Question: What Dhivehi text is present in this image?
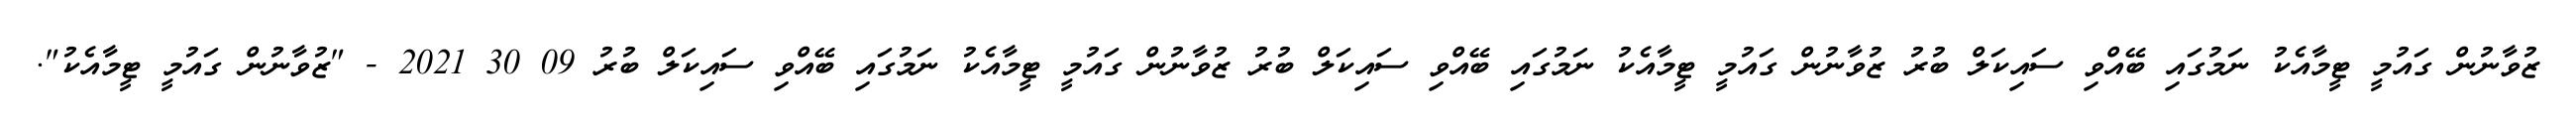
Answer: ޒުވާނުން ގައުމީ ޓީމާއެކު ނަމުގައި ބޭއްވި ސައިކަލް ބުރު ޒުވާނުން ގައުމީ ޓީމާއެކު ނަމުގައި ބޭއްވި ސައިކަލް ބުރު ޒުވާނުން ގައުމީ ޓީމާއެކު ނަމުގައި ބޭއްވި ސައިކަލް ބުރު 09 30 2021 - "ޒުވާނުން ގައުމީ ޓީމާއެކު".